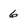
Character: 6